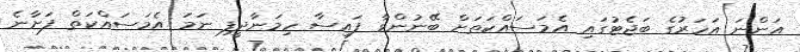
އަންނަ އަހަރުގެ ބަޖެޓުގައި އެމަސައްކަތަށް ބޭނުންވާ ފައިސާ ހިމަނާދީފި ނަމަ އެމަސައްކަތް ފަށާނެ